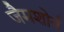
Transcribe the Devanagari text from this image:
जैमशोर्न